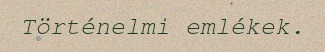
Történelmi emlékek.